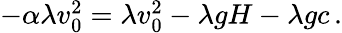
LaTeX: \begin{array}{r}{-\alpha\lambda v_{0}^{2}=\lambda v_{0}^{2}-\lambda gH-\lambda gc\, .}\end{array}